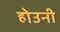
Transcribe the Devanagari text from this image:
होउनी